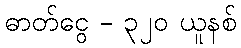
ဓာတ်ငွေ - ၃၂၀ ယူနစ်